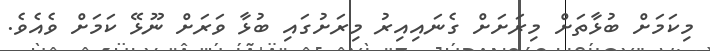
މިކަމަށް ބުޅާތަށް މިރަށަށް ގެނައިއިރު މިރަށުގައި ބުޅާ ވަރަށް ނޫޅޭ ކަމަށް ވެއެވެ.